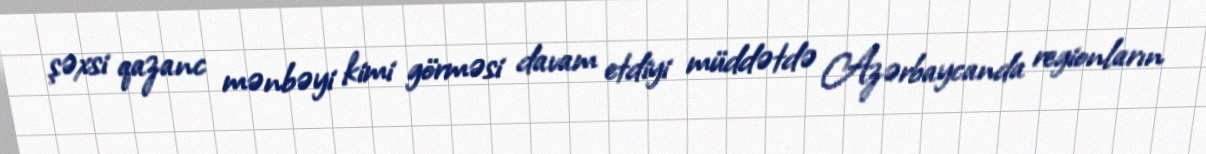
şəxsi qazanc mənbəyi kimi görməsi davam etdiyi müddətdə Azərbaycanda regionların